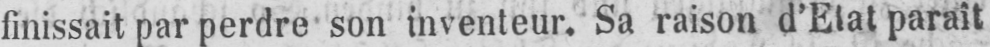
finissait par perdre son inventeur. Sa raison d’Etat parait